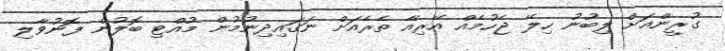
ގުރީންއަށް ލިބުނު ހިލޭ ޖެހުމެއް އޭރިއާ ތެރެއަށް ނަގައިދިނުމުން މުއްޓި ބޮލުން ފޮނުވާލި